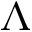
\boldsymbol { \Lambda }